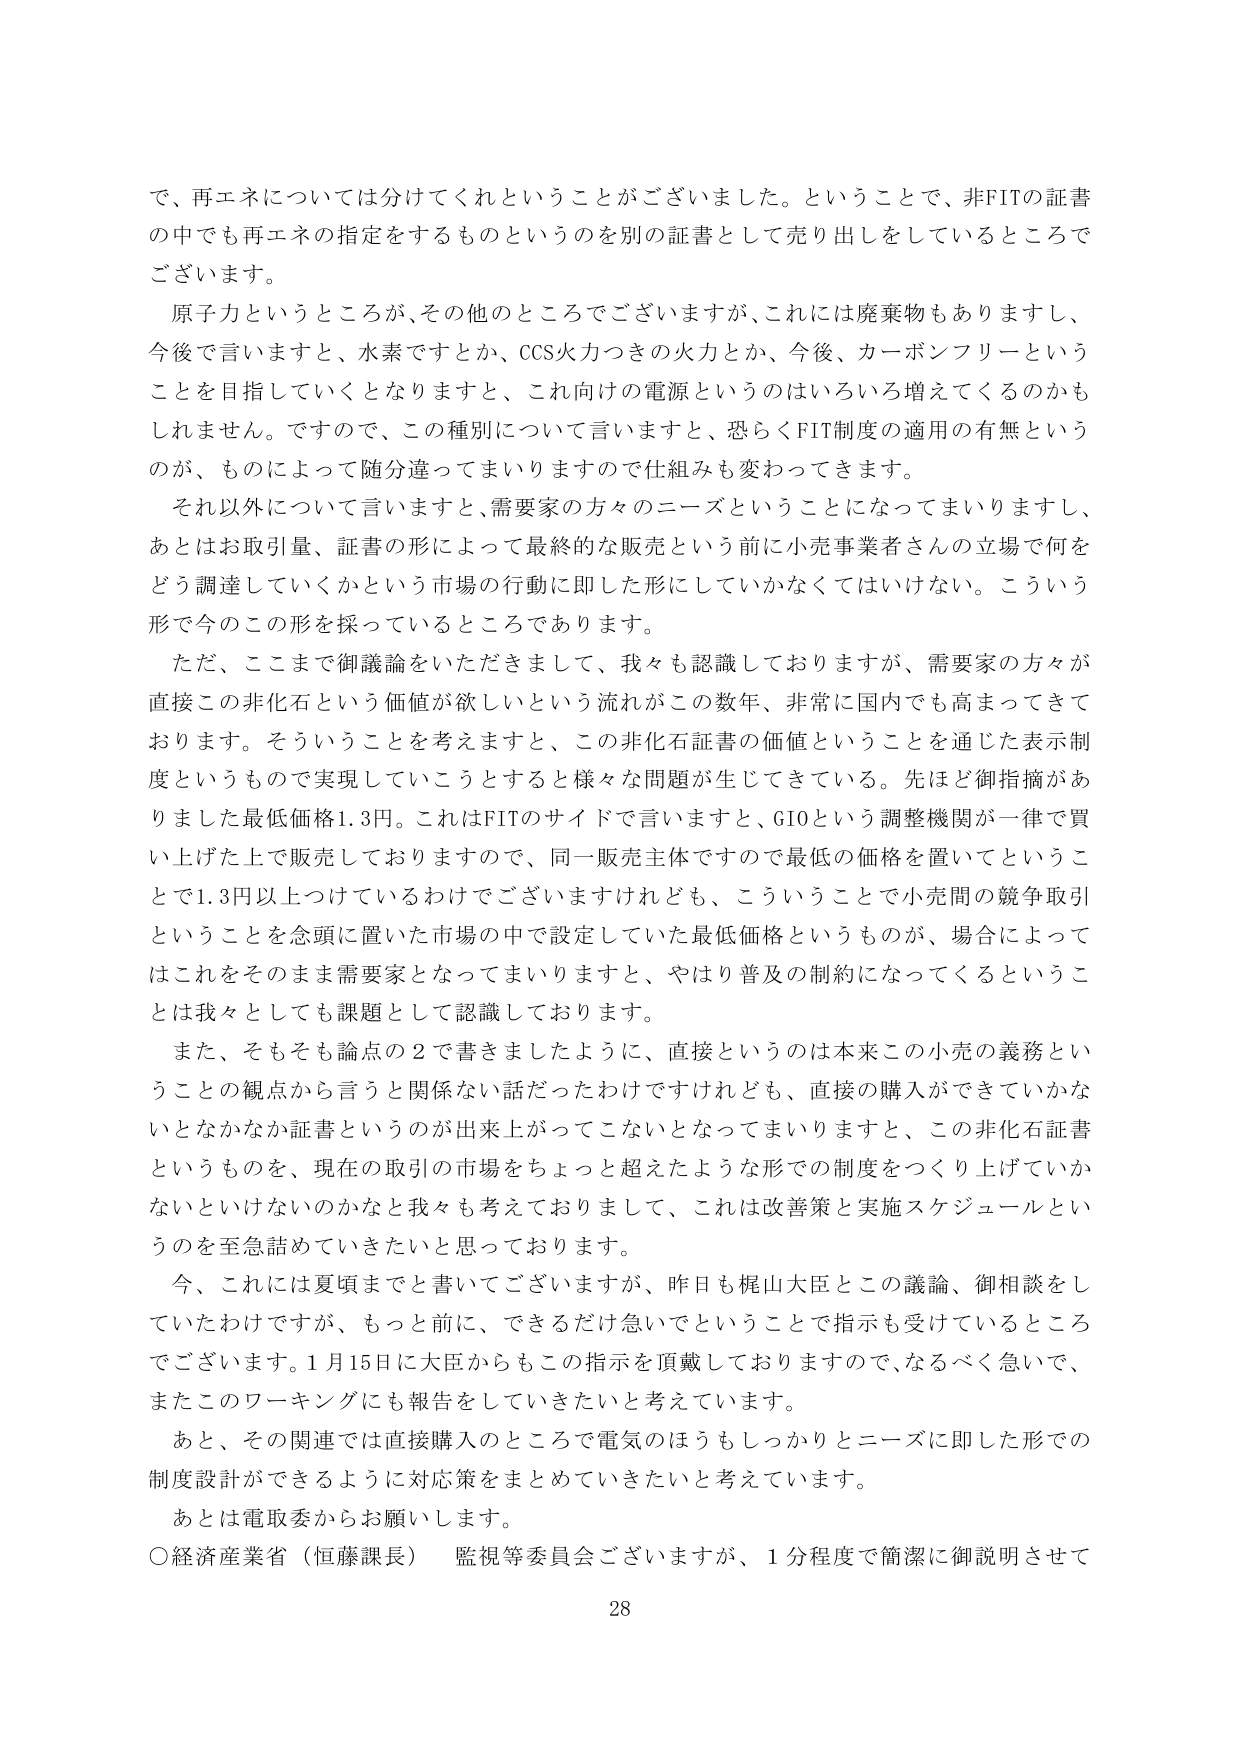
で、再エネについては分けてくれということがございました。ということで、非FITの証書の中でも再エネの指定をするものというのを別の証書として売り出しをしているところでございます。

原子力というところが、その他のところでございますが、これには廃棄物もありますし、今後で言いますと、水素ですとか、CCS火力つきの火力とか、今後、カーボンフリーということを目指していくとなりますと、これ向けの電源というのはいろいろ増えてくるのかもしれません。ですので、この種別について言いますと、恐らくFIT制度の適用の有無というのが、ものによって随分違ってまいりますので仕組みも変わってきます。

それ以外について言いますと、需要家の方々のニーズということになってまいりますし、あとはお取引量、証書の形によって最終的な販売という前に小売事業者さんの立場で何をどう調達していくかという市場の行動に即した形にしていかなくてはいけない。こういう形で今のこの形を採っているところであります。

ただ、ここまで御議論をいただきまして、我々も認識しておりますが、需要家の方々が直接この非化石という価値が欲しいという流れがこの数年、非常に国内でも高まってきております。そういうことを考えますと、この非化石証書の価値ということを通じた表示制度というものですで実現していこうとすると様々な問題が生じてきている。先ほど御指摘がありました最低価格1.3円。これはFITのサイドで言いますと、G10という調整機関が一律で買い上げた上で販売しておりますので、同一販売主体ですので最低の価格を置いてということで1.3円以上つけているわけでございますけれども、こういうことで小売間の競争取引ということを念頭に置いた市場の中で設定していた最低価格というものが、場合によってはこれをそのまま需要家となってまいりますと、やはり普及の制約になってくるということは我々としても課題として認識しております。

また、そもそも論点の2で書きましたように、直接というのは本来この小売の義務ということの観点から言うと関係ない話だったわけですけれども、直接の購入ができていかないとなかなか証書というのが出来上がってこないとなってまいりますと、この非化石証書というものを、現在の取引の市場をちょっと超えたような形での制度をつくり上げていかないといけないのかなと我々も考えておりまして、これは改善策と実施スケジュールというのを至急詰めていきたいと思っております。

今、これには夏頃までと書いてございますが、昨日も梶山大臣とこの議論、御相談をしていたわけですが、もっと前に、できるだけ急いでということで指示も受けているところでございます。1月15日に大臣からもこの指示を頂戴しておりますので、なるべく急いで、またこのワーキングにも報告をしていきたいと考えています。

あと、その関連では直接購入のところで電気のほうもしっかりとニーズに即した形での制度設計ができるように対応策をまとめていきたいと考えています。

あとは電取委からお願いします。

○経済産業省（恒藤課長） 監視等委員会ございますが、1分程度で簡潔に御説明させて

28